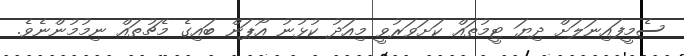
ސެމީފައިނަލަށް ދިޔަ ޓީމުތައް ކަށަވަރުވީ މިއަދު ކުޅުނު އޯޕަން ބައިގެ މެޗުތައް ނިމުމުންނެވެ.